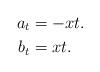
LaTeX: \begin{align*}a_{t} & =-xt.\\b_{t} & =xt.\end{align*}